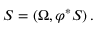
S = ( \Omega , \varphi ^ { * } S ) \, .